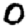
Digit: 0